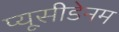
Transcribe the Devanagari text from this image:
प्यूसीडेनम